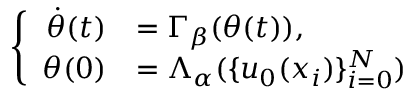
\left\{ \begin{array} { r l } { \dot { \theta } ( t ) } & { = \Gamma _ { \beta } ( \theta ( t ) ) , } \\ { \theta ( 0 ) } & { = \Lambda _ { \alpha } ( \{ u _ { 0 } ( x _ { i } ) \} _ { i = 0 } ^ { N } ) } \end{array} \right.